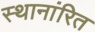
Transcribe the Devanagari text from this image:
स्थानांरित